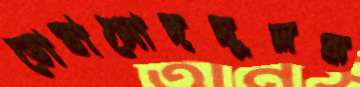
তোষামোদমূলক